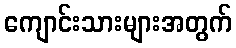
ကျောင်းသားများအတွက်